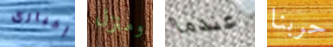
إخبارى ومنزل عندما حربنا